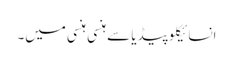
انسائیکلو پیڈیا سے	ہنسی ہنسی میں۔